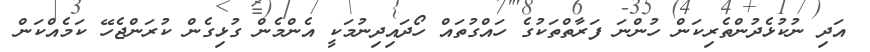
އަދި ނުކުޅެދުންތެރިކަން ހުންނަ ފަރާތްތަކުގެ ހައްގުތައް ހޯދައިދިނުމަކީ އެންމެން ގުޅިގެން ކުރަންޖެހޭ ކަމެއްކަން